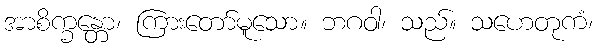
အာစိက္ခန္တော၊ ကြားတော်မူသော။ ဘဂဝါ၊ သည်။ သဟေတုကံ၊